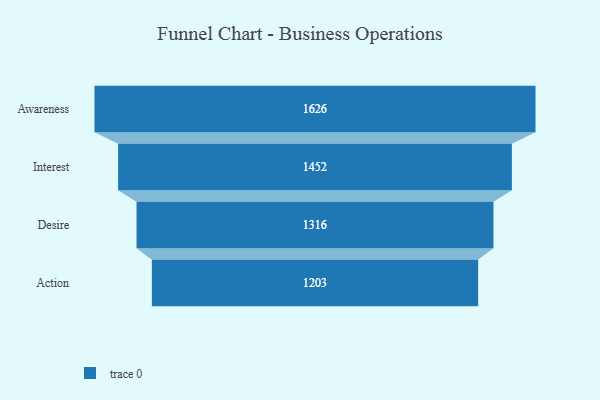
{"axis": {"x": "Stage", "y": "Value"}, "legend": [""], "data": [{"x": "Awareness", "y": 1626.0, "type": ""}, {"x": "Interest", "y": 1452.0, "type": ""}, {"x": "Desire", "y": 1316.0, "type": ""}, {"x": "Action", "y": 1203.0, "type": ""}]}